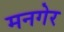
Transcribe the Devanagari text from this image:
मनगेर